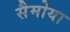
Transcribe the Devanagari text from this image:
सैमोया